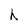
Character: h